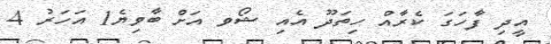
އީދި ފާހަގަ ކެރާއް ހިތަދޫ އެއި ޝޯވ އަށް ބާވިޔެ1 އަހަރު 4